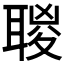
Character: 𦖸